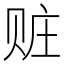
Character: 赃